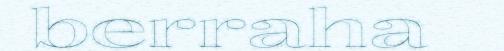
berraha